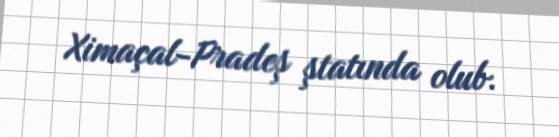
Ximaçal-Pradeş ştatında olub.